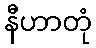
နီဟာတုံ